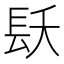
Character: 镺